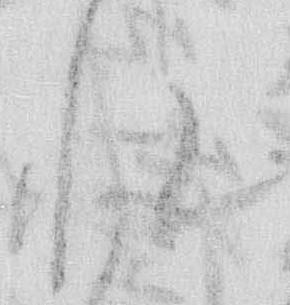
れ